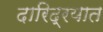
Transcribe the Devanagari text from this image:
दारिद्रयात